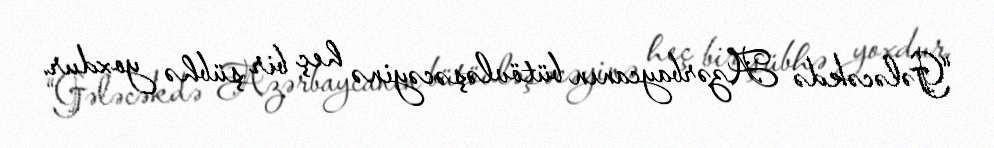
“Gələcəkdə Azərbaycanın bütövləşəcəyinə heç bir şübhə yoxdur.